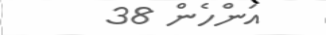
އަންހެން 38